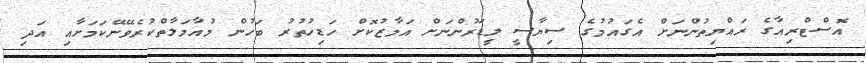
އޮސްޓްރިއާގެ ރައްޔިތުންނަށް އެގައުމުގެ ސިޔާސީ ލީޑަރުންނަށް އަމާޒުކޮށް ހަޑިހުތުރު ބަހުން މުއާމަލާތްކުރެވޭނޭކަމަށާއި އަދި